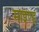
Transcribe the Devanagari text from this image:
माइण्ड